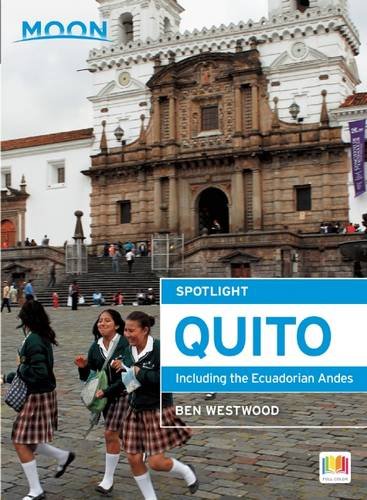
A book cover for Moon Spotlight Quito: Including the Ecuadorian Andes; Ben Westwood; Travel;